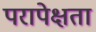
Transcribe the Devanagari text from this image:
परापेक्षता